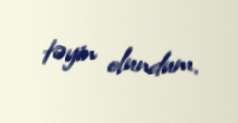
təyin olundum.